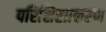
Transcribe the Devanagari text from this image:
परिशिष्टप्रकरण